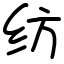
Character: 纺